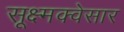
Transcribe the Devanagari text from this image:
सूक्ष्मक्वेसार